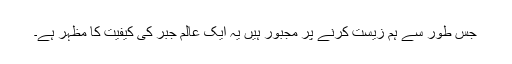
جس طور سے ہم زیست کرنے پر مجبور ہیں یہ ایک عالم جبر کی کیفیت کا مظہر ہے۔